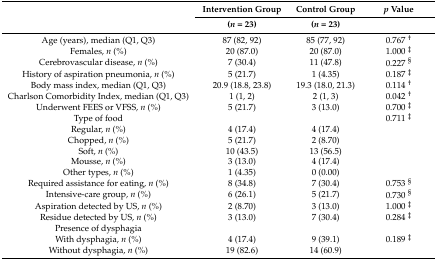
| <ROWSPAN=2>  | Intervention Group | Control Group | p Value |
 | (n = 23) | (n = 23) |  |
 | --- | --- | --- | --- |
 | Age (years), median (Q1, Q3) | 87 (82, 92) | 85 (77, 92) | 0.767 † |
 | Females, n (%) | 20 (87.0) | 20 (87.0) | 1.000 ‡ |
 | Cerebrovascular disease, n (%) | 7 (30.4) | 11 (47.8) | 0.227 § |
 | History of aspiration pneumonia, n (%) | 5 (21.7) | 1 (4.35) | 0.187 ‡ |
 | Body mass index, median (Q1, Q3) | 20.9 (18.8, 23.8) | 19.3 (18.0, 21.3) | 0.114 † |
 | Charlson Comorbidity Index, median (Q1, Q3) | 1 (1, 2) | 2 (1, 3) | 0.042 † |
 | Underwent FEES or VFSS, n (%) | 5 (21.7) | 3 (13.0) | 0.700 ‡ |
 | Type of food |  |  | 0.711 ‡ |
 | Regular, n (%) | 4 (17.4) | 4 (17.4) |  |
 | Chopped, n (%) | 5 (21.7) | 2 (8.70) |  |
 | Soft, n (%) | 10 (43.5) | 13 (56.5) |  |
 | Mousse, n (%) | 3 (13.0) | 4 (17.4) |  |
 | Other types, n (%) | 1 (4.35) | 0 (0.00) |  |
 | Required assistance for eating, n (%) | 8 (34.8) | 7 (30.4) | 0.753 § |
 | Intensive-care group, n (%) | 6 (26.1) | 5 (21.7) | 0.730 § |
 | Aspiration detected by US, n (%) | 2 (8.70) | 3 (13.0) | 1.000 ‡ |
 | Residue detected by US, n (%) | 3 (13.0) | 7 (30.4) | 0.284 ‡ |
 | Presence of dysphagia |  |  |  |
 | With dysphagia, n (%) | 4 (17.4) | 9 (39.1) | 0.189 ‡ |
 | Without dysphagia, n (%) | 19 (82.6) | 14 (60.9) |  |